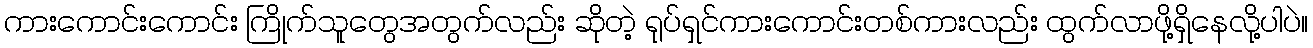
ကားကောင်းကောင်း ကြိုက်သူတွေအတွက်လည်း ဆိုတဲ့ ရုပ်ရှင်ကားကောင်းတစ်ကားလည်း ထွက်လာဖို့ရှိနေလို့ပါပဲ။